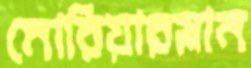
মোরিয়ারস্লাম